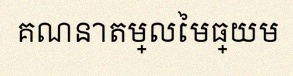
គណនាតម្លៃមធ្យម